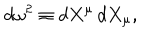
d \omega ^ { 2 } \equiv d X ^ { \mu } \, d X _ { \mu } ,